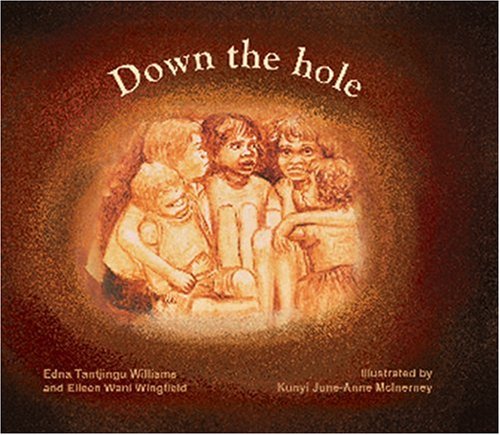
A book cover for Down the Hole; Edna Tantjingu Williams; Children's Books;